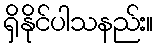
ရှိနိုင်ပါသနည်း။